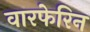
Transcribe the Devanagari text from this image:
वारफेरिन